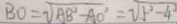
B O = \sqrt { A B ^ { 2 } - A O ^ { 2 } } = \sqrt { 5 ^ { 2 } - 4 ^ { 2 } }